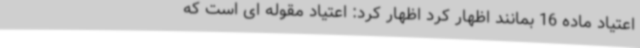
اعتیاد ماده 16 بمانند اظهار کرد اظهار کرد: اعتیاد مقوله ای است که